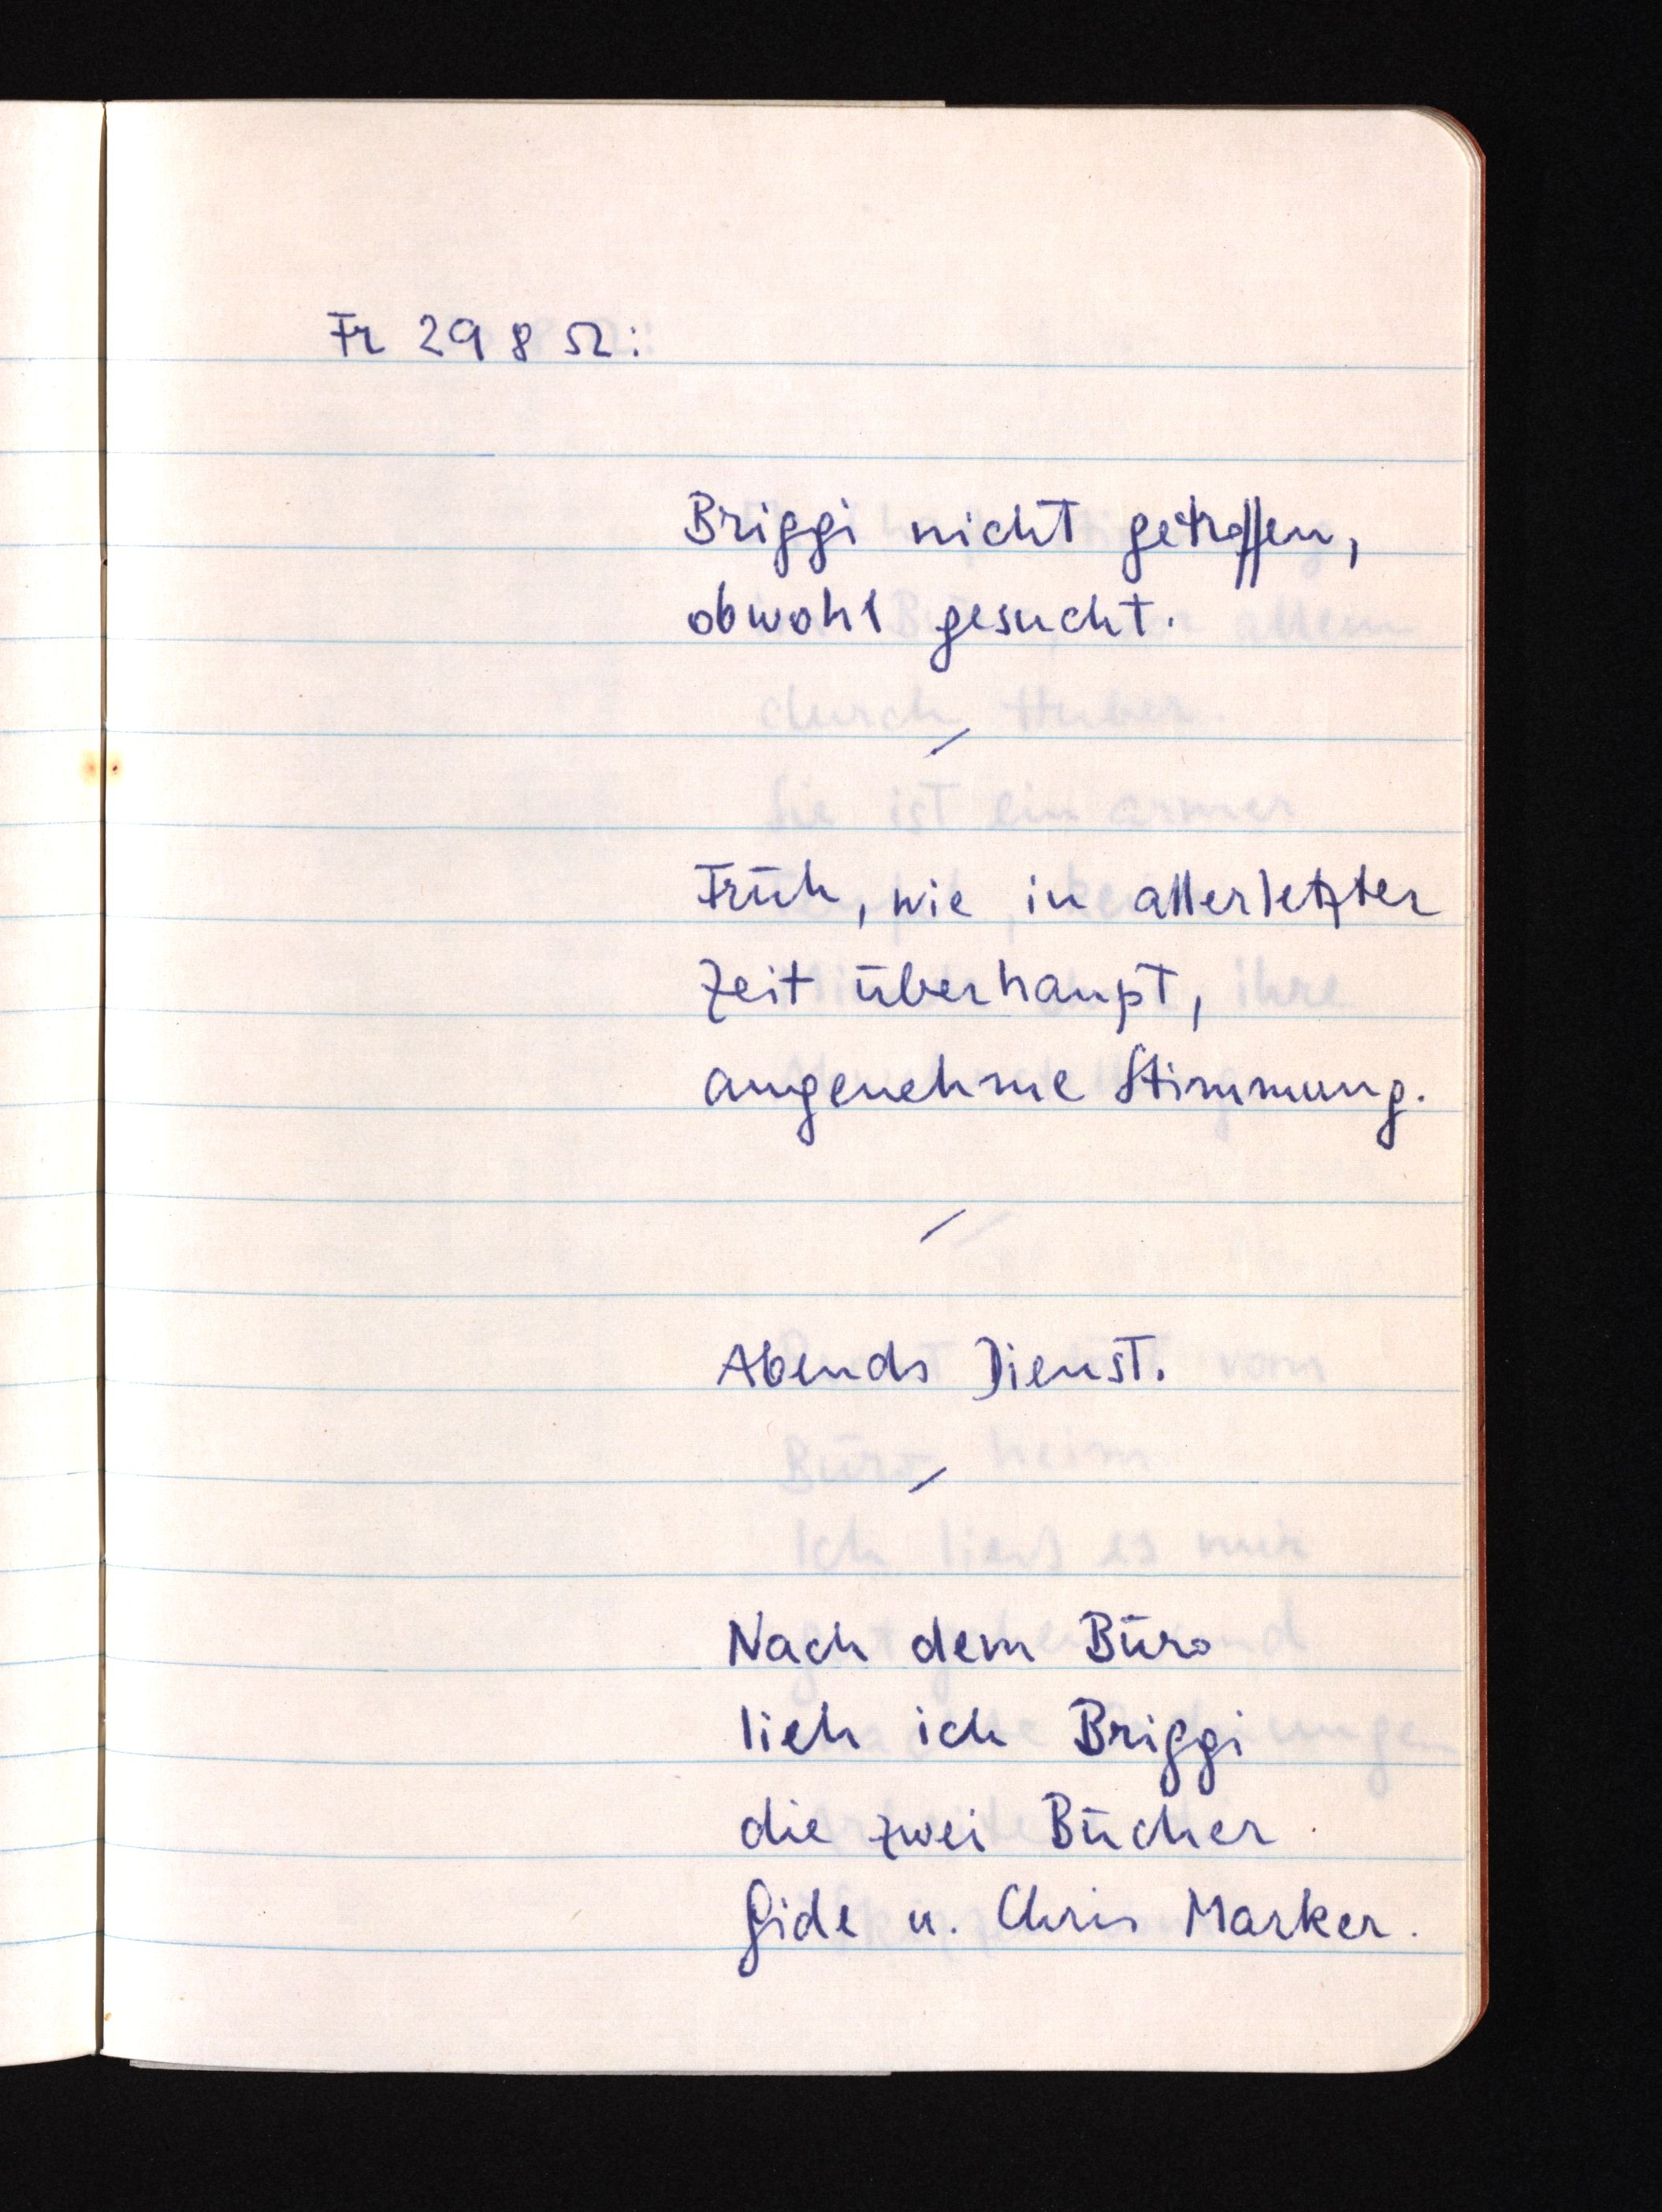
Fr 29 8 52:
Briggi nicht getroffen,
obwohl gesucht.
Früh, wie in allerletzter
Zeit überhaupt,
angenehme Stimmung.
Abends Dienst.
Nach dem Büro
lieh ich Briggi
die zwei Bücher
Gide u. Chris Marker.